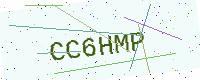
Text: CC6HMP